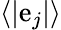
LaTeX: \langle|\mathrm{e}_{j}|\rangle